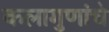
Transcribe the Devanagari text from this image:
कलागुणांचे